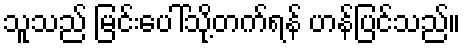
သူသည် မြင်းပေါ်သို့တက်ရန် ဟန်ပြင်သည်။